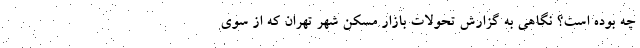
چه بوده است؟ نگاهی به گزارش تحولات بازار مسکن شهر تهران که از سوی